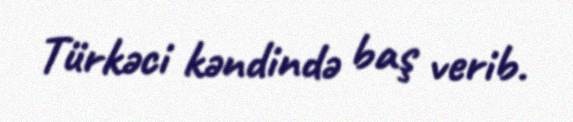
Türkəci kəndində baş verib.